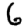
Digit: 6